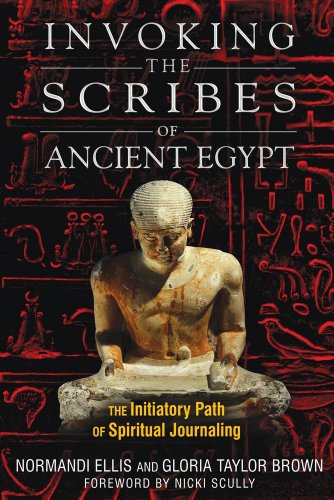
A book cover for Invoking the Scribes of Ancient Egypt: The Initiatory Path of Spiritual Journaling; Normandi Ellis; Mystery, Thriller & Suspense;